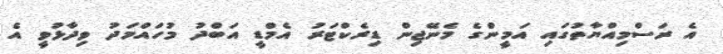
އެ ރަސްމިއްޔާތުގައި އަމީންގެ މެނޭޖިން ޑިރެކްޓަރު އެމްޑީ އަބްދު މުހައްމަދު ވިދާޅުވީ އެ